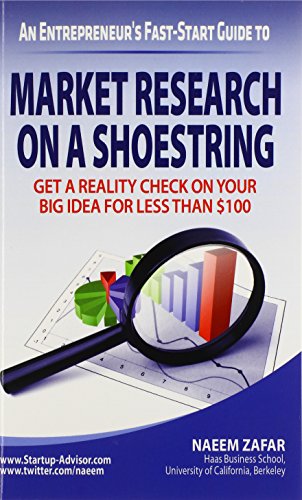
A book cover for Market Research on a Shoestring; Naeem Zafar; Business & Money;